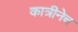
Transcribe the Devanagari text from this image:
कात्रीनेच